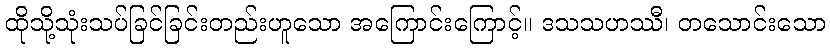
ထိုသို့သုံးသပ်ခြင်ခြင်းတည်းဟူသော အကြောင်းကြောင့်။ ဒသသဟဿီ၊ တသောင်းသော